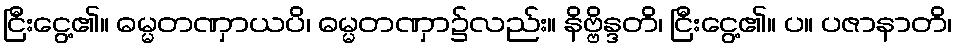
ငြီးငွေ့၏။ ဓမ္မတဏှာယပိ၊ ဓမ္မတဏှာ၌လည်း။ နိဗ္ဗိန္ဒတိ၊ ငြီးငွေ့၏။ ပ။ ပဇာနာတိ၊